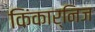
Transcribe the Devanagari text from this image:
किंकार्निज